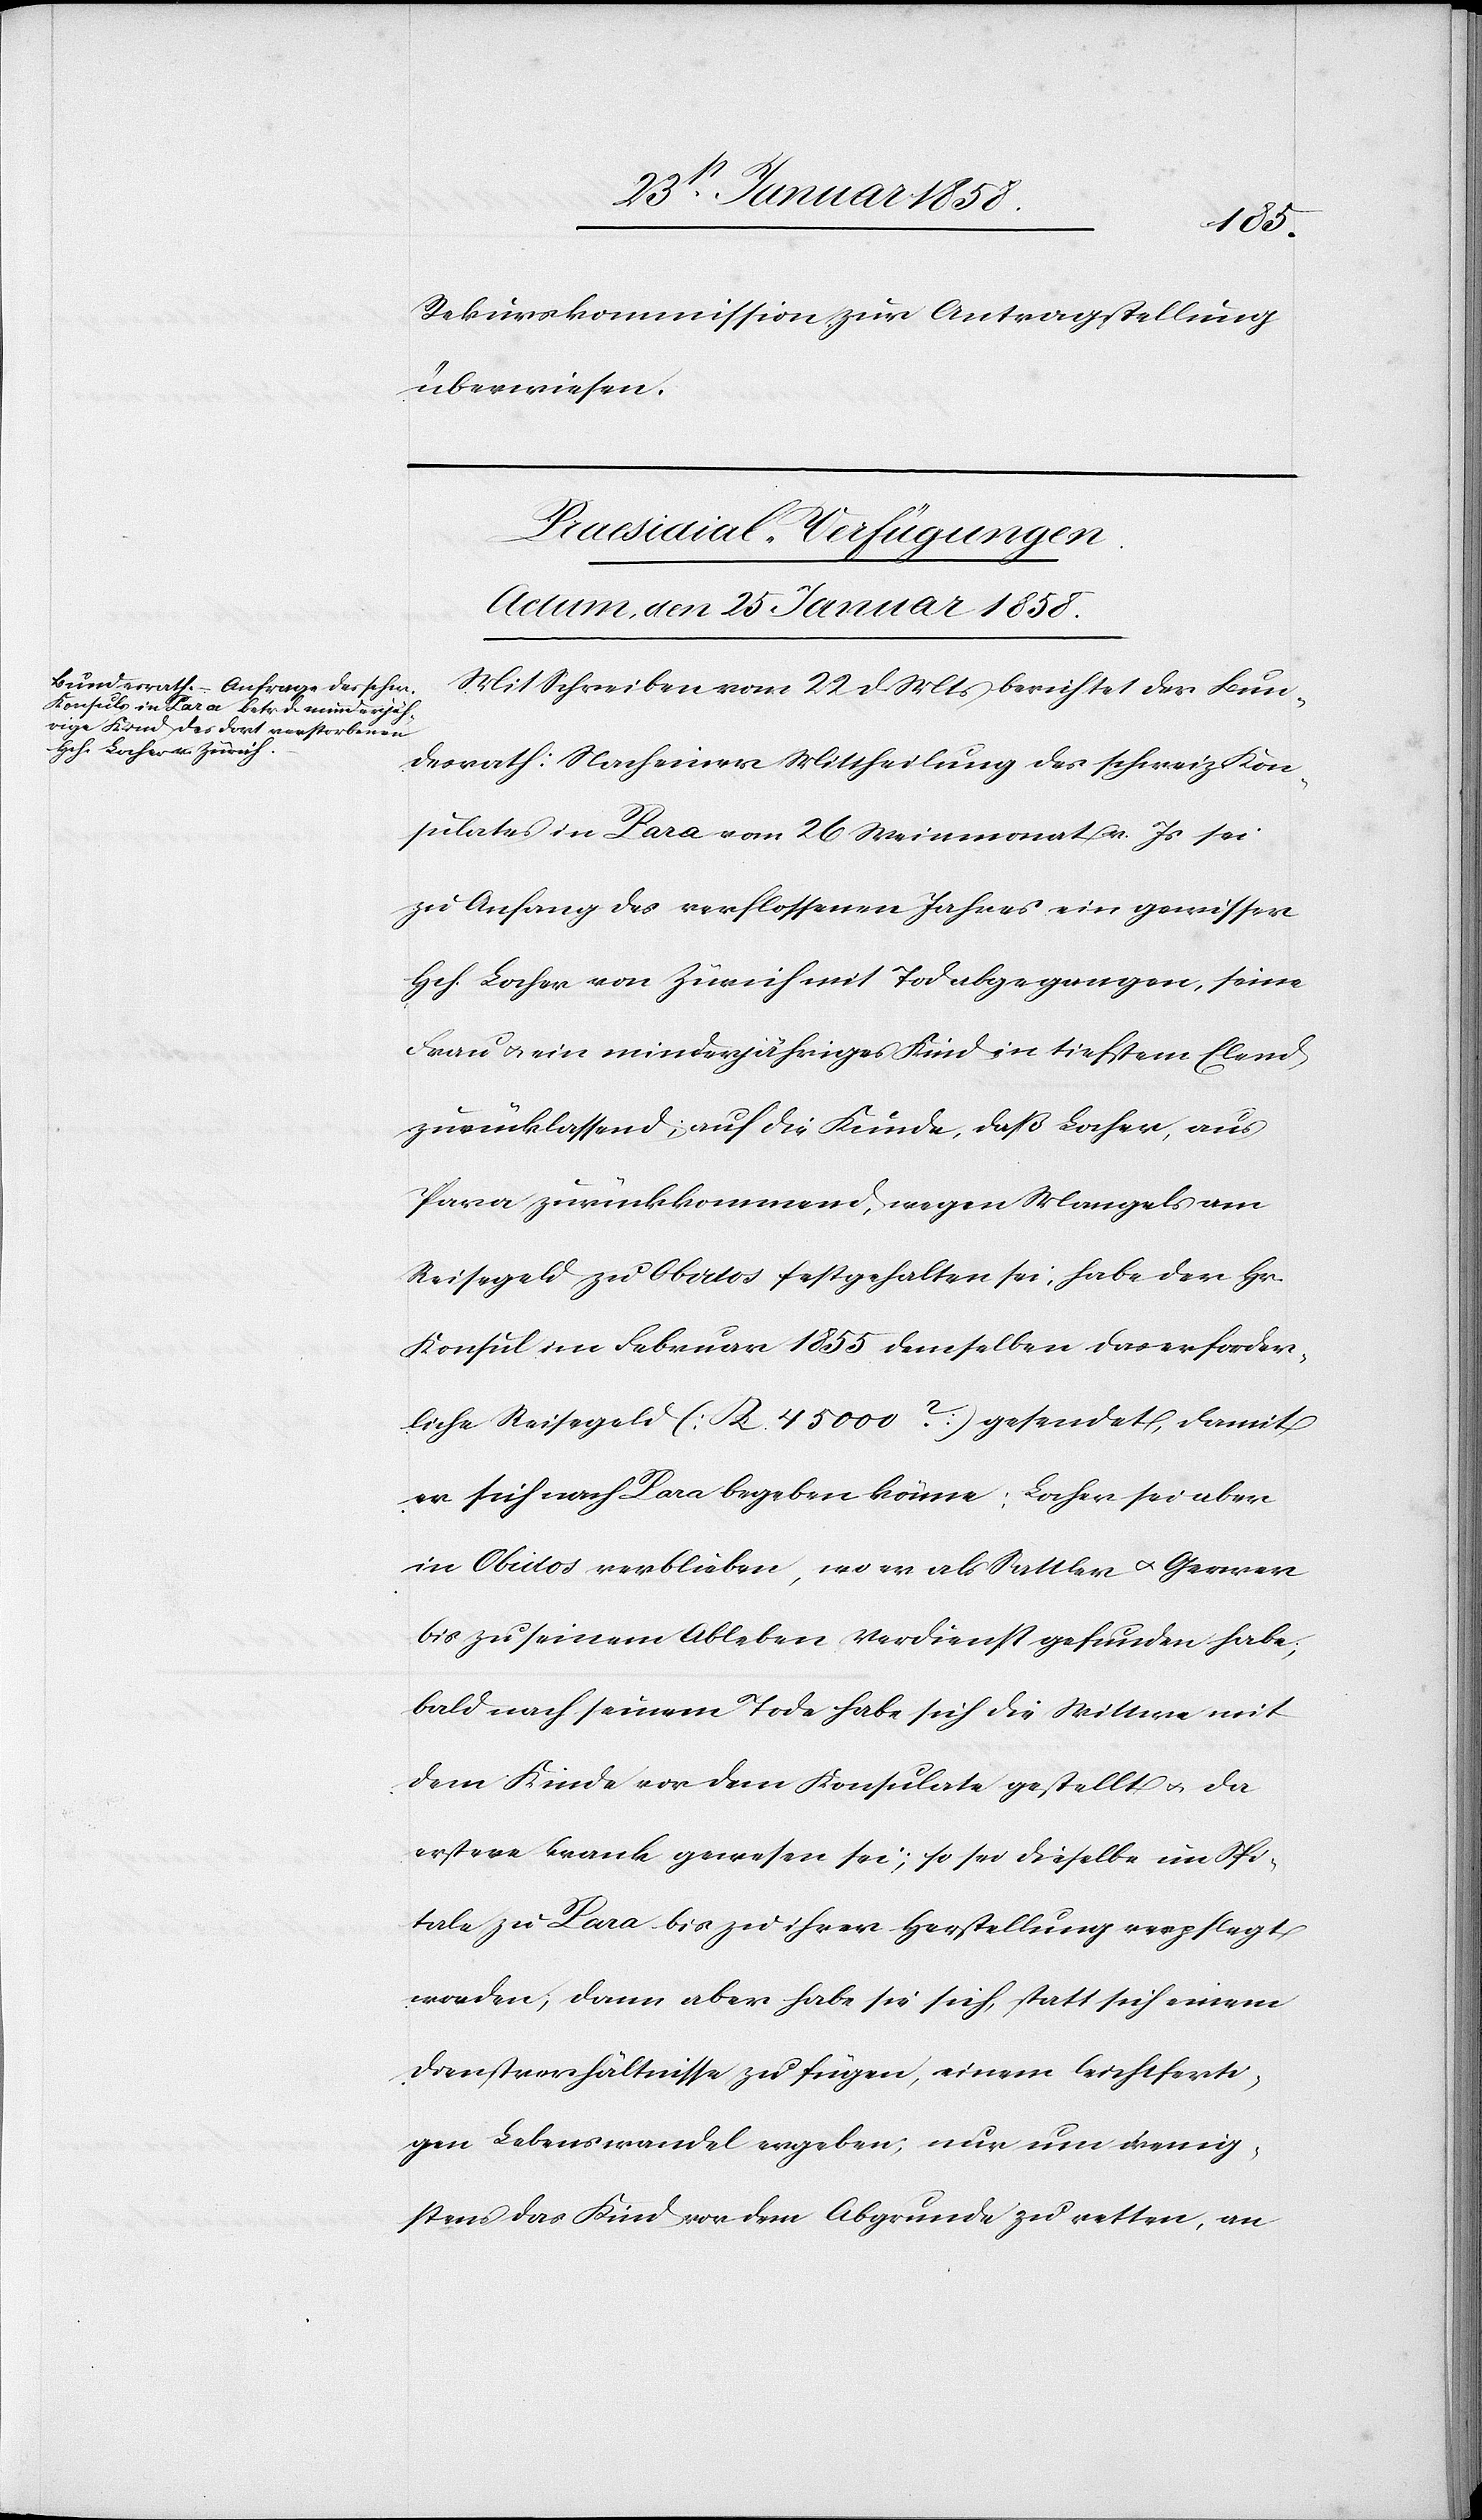
Rekurskommission zur Antragstellung
überwiesen.
Praesidial-Verfügungen.
Actum, den 25. Januar 1858.
Mit Schreiben vom 22 d Mts berichtet der Bun¬
desrath: Nach einer Mittheilung des schweiz Kon¬
sulates in Para von 26 Weinmonat v. Js. sei
zu Anfang des verflossenen Jahres ein gewisser
Hch. Locher von Zürich mit Tod abgegangen, seine
Frau u. ein minderjähriges Kind in tiefstem Elend
zurücklassend; auf die Kunde, daß Locher, aus
Para zurückkommend, wegen Mangels am
Reisegeld zu Obidos festgehalten sei, habe der Hr.
Konsul im Februar 1855 demselben das erforder¬
liche Reisegeld [K 45 000?] gesendet, damit
er sich nach Para begeben könne: Locher sei aber
in Obidos verblieben, wo er als Sattler u. Gerwer
bis zu seinem Ableben Verdienst gefunden habe,
bald nach seinem Tode habe sich die Wittwe mit
dem Kinde vor dem Konsulate gestellt u. da
erstere krank gewesen sei, so sei dieselbe im Spi¬
tale zu Para bis zu ihrer Herstellung verpflegt
worden; dann aber habe sie sich, statt sich einem
Dienstverhältnisse zu fügen, einem leichtferti¬
gen Lebenswandel ergeben; nur um wenig¬
stens das Kind vor dem Abgrunde zu retten, an